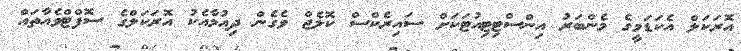
އޮރަކަލް އެކަޑަމީގެ މެންބަރު އިންސްޓިޓިއުޓަކަށް ސައިރެކްސް ކޮލެޖް ވެގެން ދިއުމާއެކު އޮރަކަލްގެ ސޮފްޓްވެއާތައް